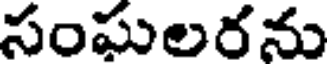
సంఘలరను